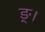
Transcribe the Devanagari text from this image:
ङ्।